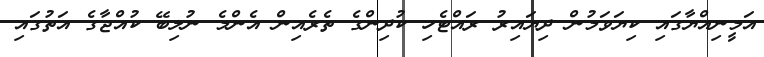
އަމީނިއްޔާގައި ކިޔަވަމުން ދިޔައިރު ރައްޓެހި ކުދިންގެ ތެރެއިން އެންމެ ނުލިބޭ ކުއްޖާގެ އަތުގައި